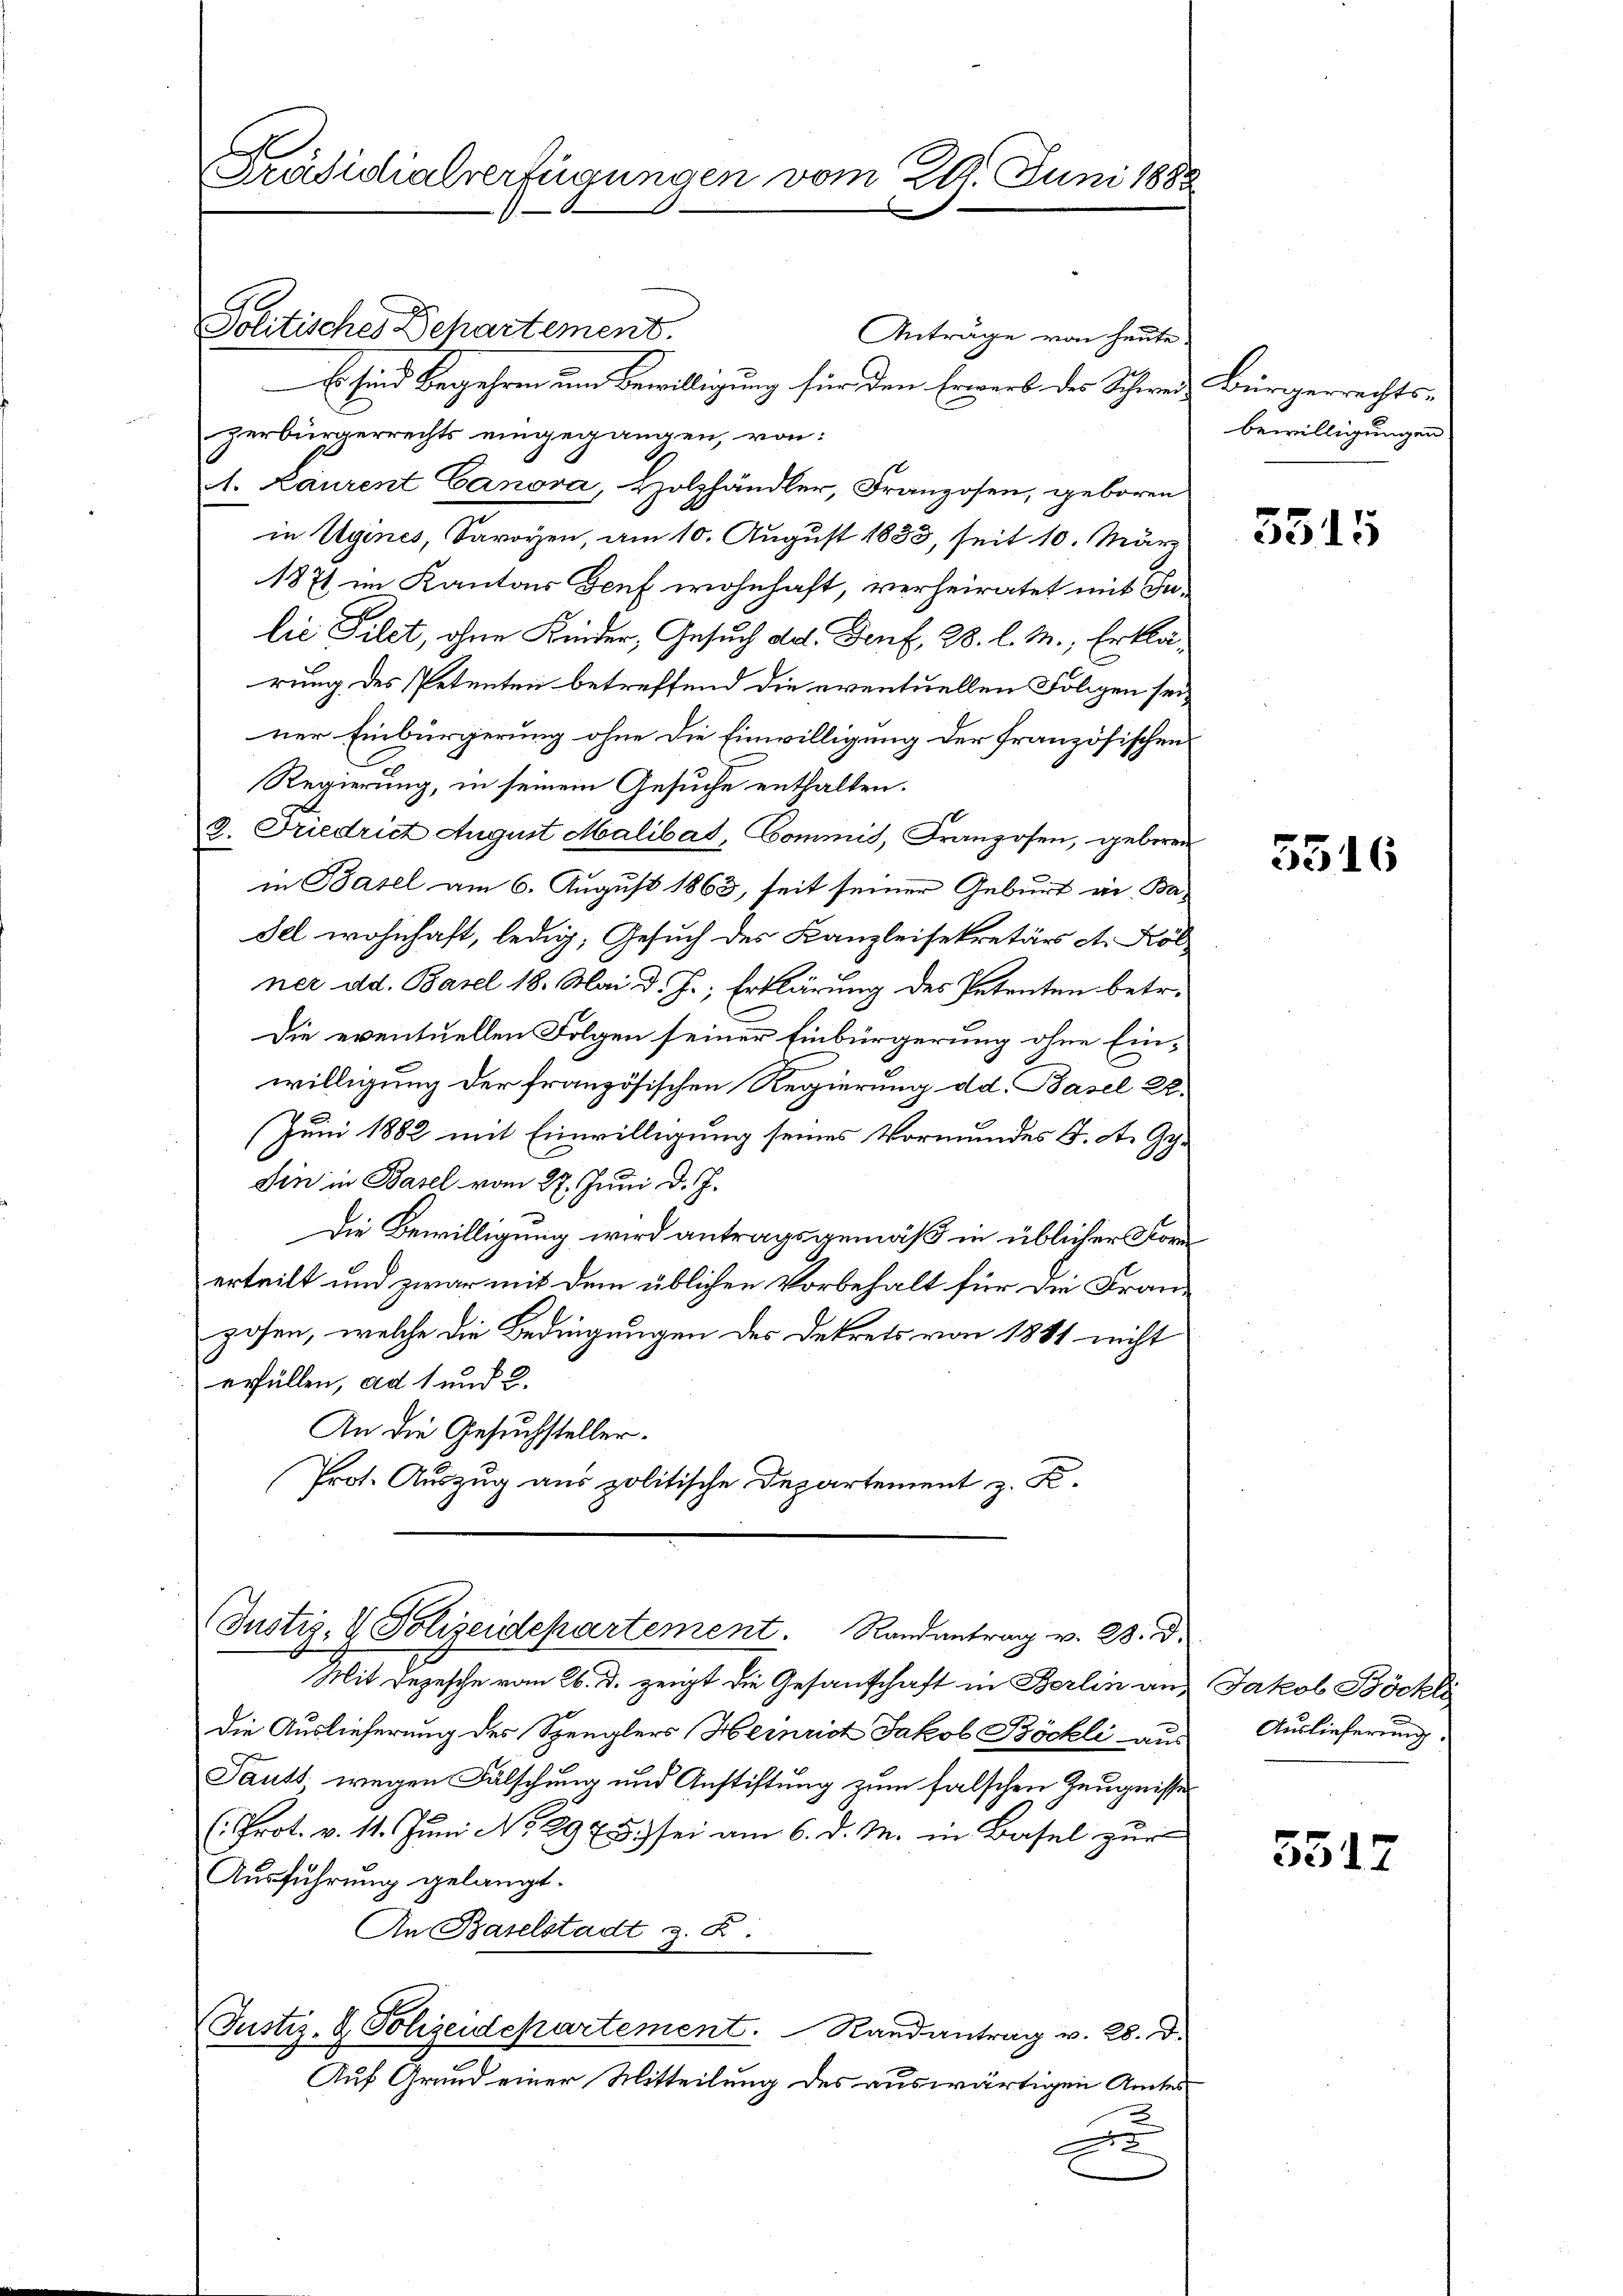
A
Präsidialverfügungen vom 29. Juni 1888

Politisches Departement.
Anträge von heute.
Es sind Begehren um Bewilligung für den Erwerb des Schweiz Bürgerrechtszerbürgerrechts eingegangen, von:
1. Laurent Canora, Holzhändler, Franzosen, geboren
in Ugines, Savoyen, am 10. August 1833, seit 10. März
1871 im Kanton Genf wohnhaft, verheiratet mit Inlie Filet, ohne Kinder, Gesuch dat. Genf, 28. l. M., Erklärung des Petenten betreffend die eventuellen Folgen seiner Einbürgerung ohne die Einwilligung der französischen
Regierung, in seinem Gesuche enthalten.
.
2. Friedrict August Malibat, Commis, Franzosen, geboren
in Basel am 6. August 1863, seit seiner Geburt in Badel wohnhaft, ledig, Gesuch des Kanzleisekretärs A. Kölner dd. Basel 18. Mai d. J., Erklärung des Petenten betr.
Die eventuellen Folgen seiner Einbürgerung ohne Einwilligung der französischen Regierung dd. Basel 22.
(Juni 1882 mit Einwilligung seines Vormundes J. A. Gedin in Basel vom 27. Juni d. J.
Die Bewilligung wird antragsgemäß in üblicher Forerteilt und zwar mit dem üblichen Vorbehalt für die Fran-
posen, welche die Bedingungen des Dekrets von 1881 nicht
erfüllen, ad 1 und 2.
An die Gesuchsteller.
Prot. Auszug aus politische Departement z. K.

Justiz- & Polizeidepartement. Randantrag v. B. d.

die Auslieferung des Spenglers Heinrich Jakob Böckli aus
Pautt, wegen Fälschung und Anstiftung zum falschen Zeugnisses
(Prot. v. 11. Juni No 2975.) sei am 6. d. M. in Basel zur
Ausführung gelangt.
An Baselstadt z. Z.
Justiz- & Polizeidepartement. Randantrag v. 28. d.
Auf Grund einer Mitteilung des auswärtigen Amtes
a

Mit Jezesche vom 26. d. zeigt die Gesandschaft in Berlin aus Jakob Böckl

bewilligungen

5515

5516

Auslieferung.

5312